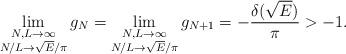
LaTeX: \begin{align*} \lim_{\substack{N,L\to\infty\\ N/L\to \sqrt E/ \pi}} g_N = \lim_{\substack{N,L\to\infty\\ N/L\to \sqrt E/ \pi}} g_{N+1} = - \frac{\delta(\sqrt E)}\pi> -1.\end{align*}